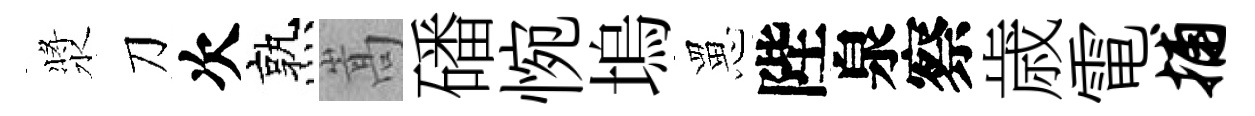
漿刀次熟嵩磻惋塢罳陛泉察歳電捕